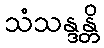
သံသန္ဒန္တိ